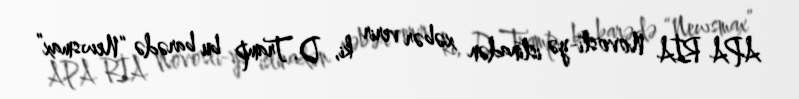
APA RİA Novosti-yə istinadən xəbər verir ki, D.Tramp bu barədə “Newsmax”